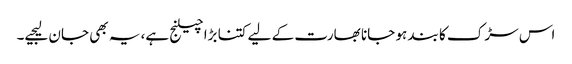
اس سڑک کا بند ہو جانا بھارت کے لیے کتنا بڑا چیلنج ہے، یہ بھی جان لیجیے۔